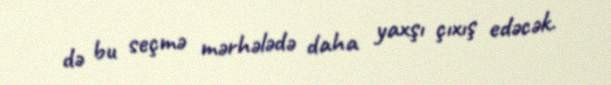
də bu seçmə mərhələdə daha yaxşı çıxış edəcək.